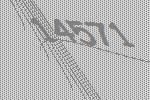
14571